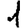
Digit: 1